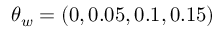
\theta _ { w } = ( 0 , 0 . 0 5 , 0 . 1 , 0 . 1 5 )